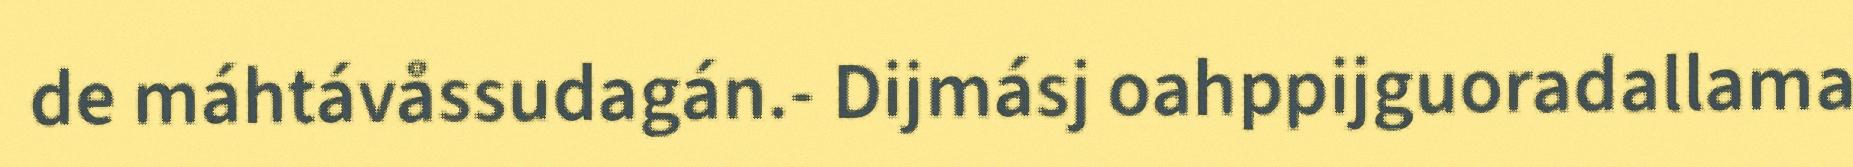
de máhtávåssudagán.- Dijmásj oahppijguoradallama